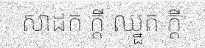
សាដក ក្តី ឈ្នួត ក្តី